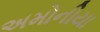
અમોનીયા